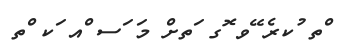
ްތ ުކރެ ޭވ ޮގ ަތށް މަ ަސ ްއ ަކ ްތ